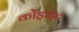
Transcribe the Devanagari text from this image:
कोंड्राइट